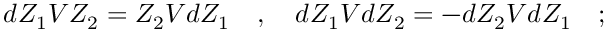
d Z _ { 1 } V Z _ { 2 } = Z _ { 2 } V d Z _ { 1 } \quad , \quad d Z _ { 1 } V d Z _ { 2 } = - d Z _ { 2 } V d Z _ { 1 } \quad ;